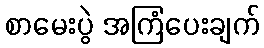
စာမေးပွဲ အကြံပေးချက်